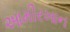
આમીરખાન